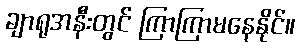
ချာရုအနီးတွင် ကြာကြာမနေနိုင်။